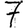
Digit: 7